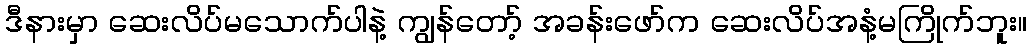
ဒီနားမှာ ဆေးလိပ်မသောက်ပါနဲ့ ကျွန်တော့် အခန်းဖော်က ဆေးလိပ်အနံ့မကြိုက်ဘူး။